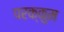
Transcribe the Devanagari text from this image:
परक्कुम